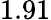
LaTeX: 1.91